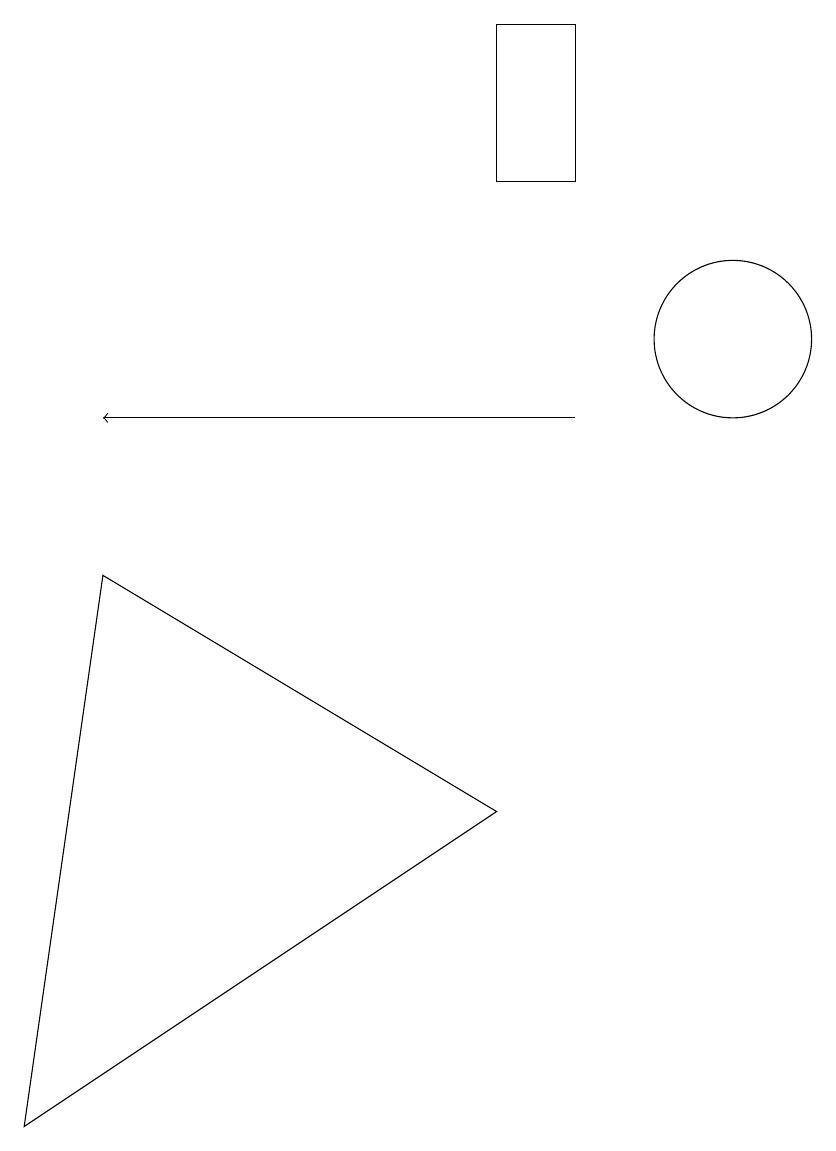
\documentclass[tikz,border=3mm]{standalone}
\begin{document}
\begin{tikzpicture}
\draw (1,2) -- (2,9) -- (7,6) -- cycle;
\draw (10,12) circle (1);
\draw (8,16) rectangle (7,14);
\draw[->] (8,11) -- (2,11);
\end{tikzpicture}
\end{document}